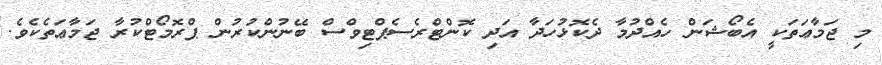
މި ޖަމާޢަތަކީ އެބޯޝަން ހެއްދުމާ ދެކޮޅުހަދާ އަދި ކޮންޓްރެސެޕްޓިވްސް ބޭނުންކުރުން ޕްރޮމޯޓްކުރާ ޖަމާޢަތެކެވެ.